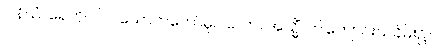
ပါနိယံ၊ ရေကို။ ပိဝ၊ သောက်တော်မူပါလော။ အသ္မိံ၊ ဤကျောင်းသင်္ခမ်း၌။